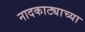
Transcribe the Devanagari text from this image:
नादकाट्याच्या